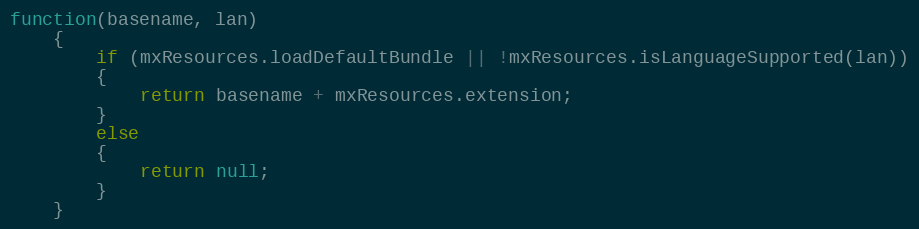
Language: JavaScript
function(basename, lan)
	{
		if (mxResources.loadDefaultBundle || !mxResources.isLanguageSupported(lan))
		{
			return basename + mxResources.extension;
		}
		else
		{
			return null;
		}
	}